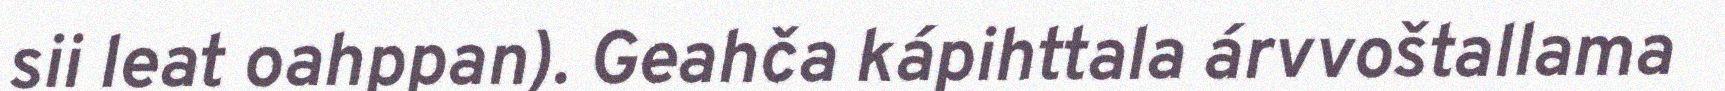
sii leat oahppan). Geahča kápihttala árvvoštallama